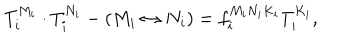
T _ { i } ^ { M _ { i } } \cdot T _ { i } ^ { N _ { i } } - ( M _ { i } \leftrightarrow N _ { i } ) = f _ { i } ^ { M _ { i } N _ { i } K _ { i } } T _ { i } ^ { K _ { i } } ,